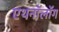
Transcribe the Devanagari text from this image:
एथनॉलॉग